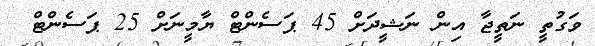
ވަގުތީ ނަތީޖާ އިން ނަޝީދަށް 45 ޕަސެންޓް ޔާމީނަށް 25 ޕަސެންޓް